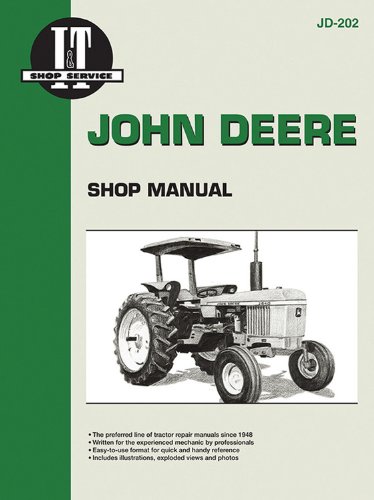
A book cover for John Deere Shop Manual Jd-202 Models: 2510, 2520, 2040, 2240, 2440, 2640, 2840, 4040, 4240, 4440, 4640, 4840 (I&T Shop Service); Penton Staff; Reference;